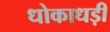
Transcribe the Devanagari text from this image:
धोकाधड़ी